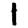
Digit: 1